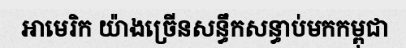
អាមេរិក យ៉ាងច្រើនសន្ធឹកសន្ធាប់មកកម្ពុជា